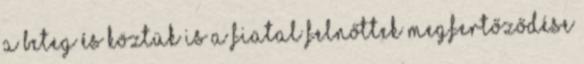
a beteg és köztük is a fiatal felnőttek megfertőződése